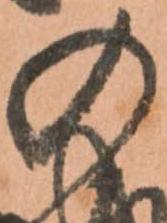
の